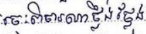
ចេះពិចារណាថ្លឹងថ្លែង